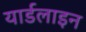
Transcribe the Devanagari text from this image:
यार्डलाइन